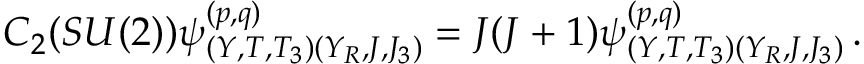
{ \cal C } _ { 2 } ( S U ( 2 ) ) \psi _ { ( Y , T , T _ { 3 } ) ( Y _ { R } , J , J _ { 3 } ) } ^ { ( p , q ) } = J ( J + 1 ) \psi _ { ( Y , T , T _ { 3 } ) ( Y _ { R } , J , J _ { 3 } ) } ^ { ( p , q ) } \, .